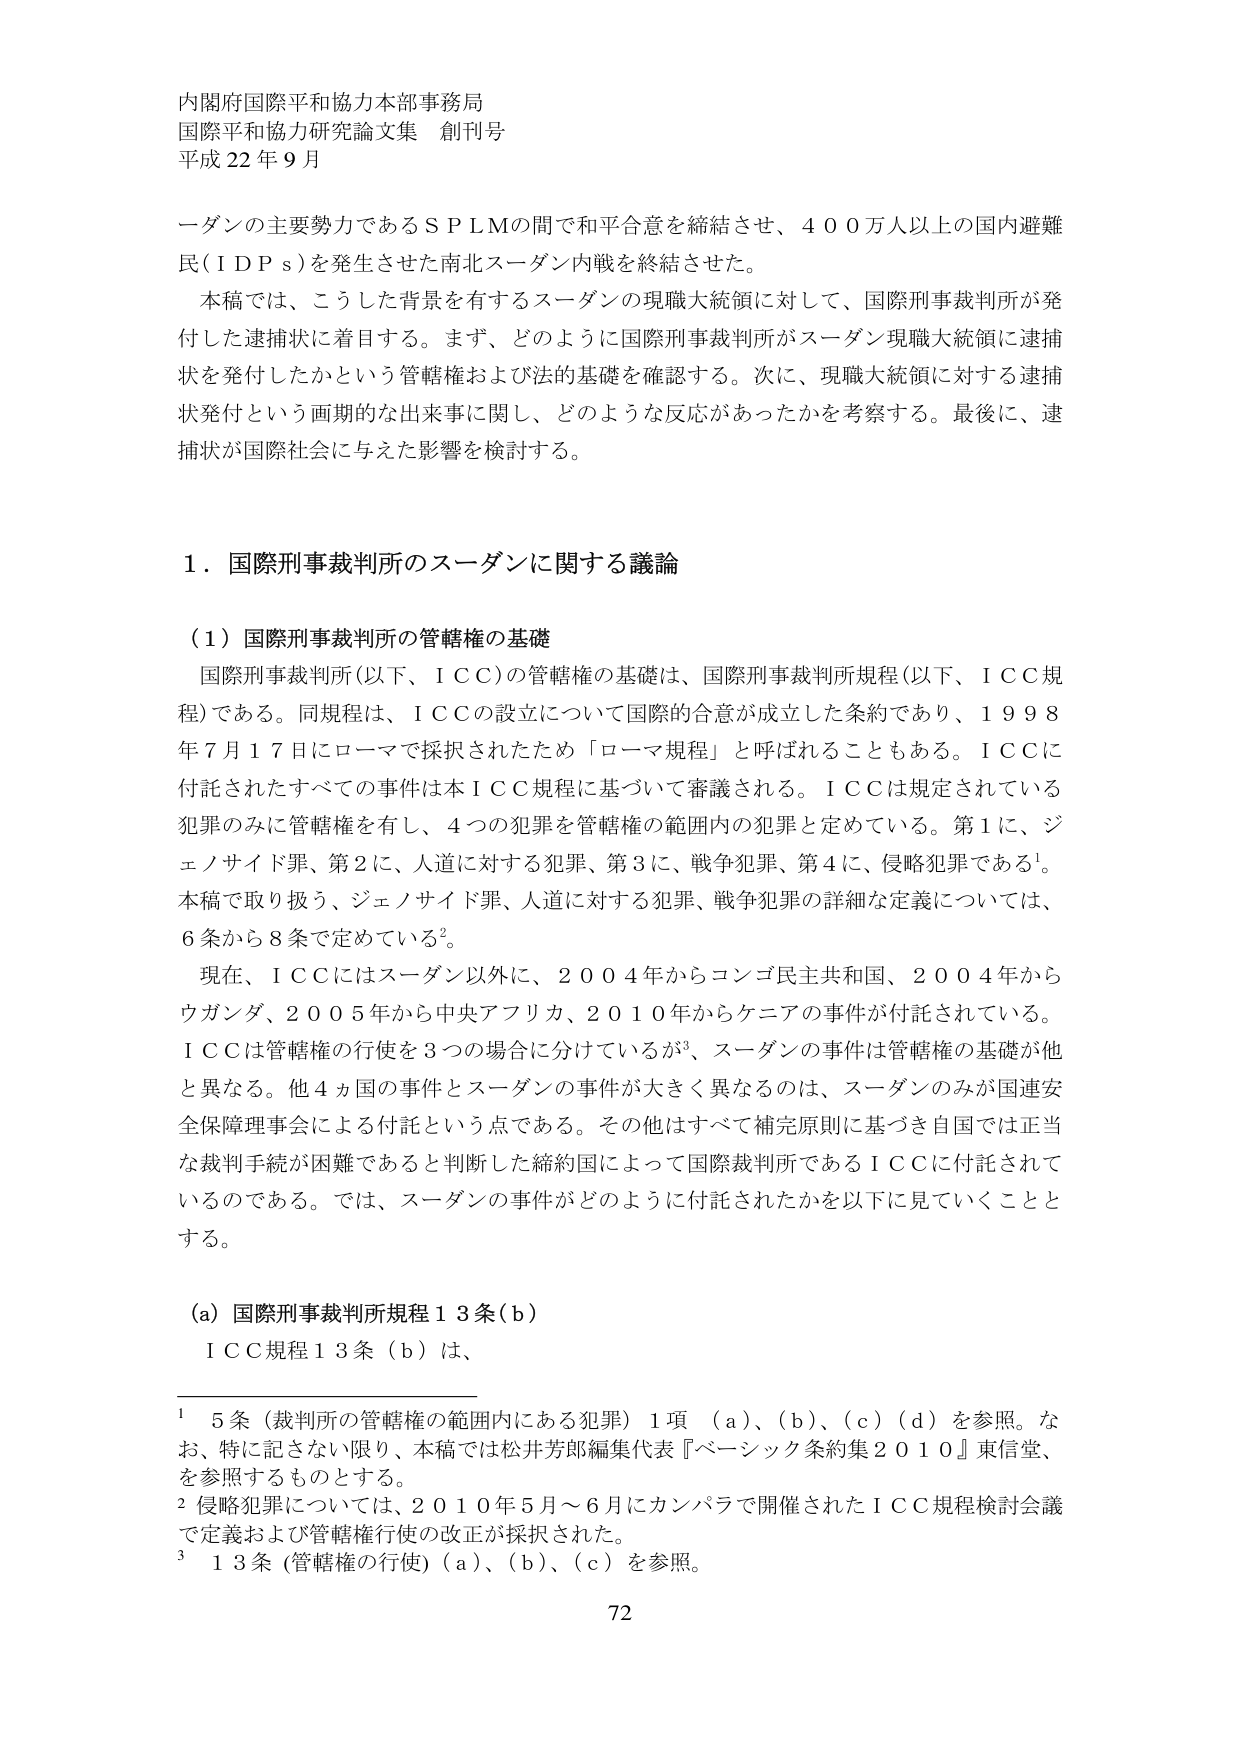
内閣府国際平和協力本部事務局
国際平和協力研究論文集 創刊号
平成22年9月

一ダンの主要勢力であるＳＰＬＭの間で和平合意を締結させ、４００万人以上の国内避難民（ＩＤＰｓ）を発生させた南北スーダン内戦を終結させた。

本稿では、こうした背景を有するスーダンの現職大統領に対して、国際刑事裁判所が発付した逮捕状に着目する。まず、どのように国際刑事裁判所がスーダン現職大統領に逮捕状を発付したかという管轄権および法的基礎を確認する。次に、現職大統領に対する逮捕状発付という画期的な出来事に関し、どのような反応があったかを考察する。最後に、逮捕状が国際社会に与えた影響を検討する。

１．国際刑事裁判所のスーダンに関する議論

（１）国際刑事裁判所の管轄権の基礎

国際刑事裁判所（以下、ＩＣＣ）の管轄権の基礎は、国際刑事裁判所規程（以下、ＩＣＣ規程）である。同規程は、ＩＣＣの設立について国際的合意が成立した条約であり、１９９８年７月１７日にローマで採択されたため「ローマ規程」と呼ばれることもある。ＩＣＣに付託されたすべての事件は本ＩＣＣ規程に基づいて審議される。ＩＣＣは規定されている犯罪のみに管轄権を有し、４つの犯罪を管轄権の範囲内の犯罪と定めている。第１に、ジェノサイド罪、第２に、人道に対する犯罪、第３に、戦争犯罪、第４に、侵略犯罪である¹。本稿で取り扱う、ジェノサイド罪、人道に対する犯罪、戦争犯罪の詳細な定義については、６条から８条で定めている²。

現在、ＩＣＣにはスーダン以外に、２００４年からコンゴ民主共和国、２００４年からウガンダ、２００５年から中央アフリカ、２０１０年からケニアの事件が付託されている。ＩＣＣは管轄権の行使を３つの場合に分けているが³、スーダンの事件は管轄権の基礎が他と異なる。他４ヵ国の事件とスーダンの事件が大きく異なるのは、スーダンのみが国連安全保障理事会による付託という点である。その他はすべて補完原則に基づき自国では正当な裁判手続が困難であると判断した締約国によって国際裁判所であるＩＣＣに付託されているのである。では、スーダンの事件がどのように付託されたかを以下に見ていくこととする。

（ａ）国際刑事裁判所規程１３条（ｂ）

ＩＣＣ規程１３条（ｂ）は、

¹ ５条（裁判所の管轄権の範囲内にある犯罪）１項（ａ）、（ｂ）、（ｃ）（ｄ）を参照。なお、特に記さない限り、本稿では松井芳郎編集代表『ベーシック条約集２０１０』東信堂、を参照するものとする。
² 侵略犯罪については、２０１０年５月～６月にカンパラで開催されたＩＣＣ規程検討会議で定義および管轄権行使の改正が採択された。
³ １３条（管轄権の行使）（ａ）、（ｂ）、（ｃ）を参照。

72